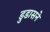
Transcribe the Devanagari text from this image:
डुडासने